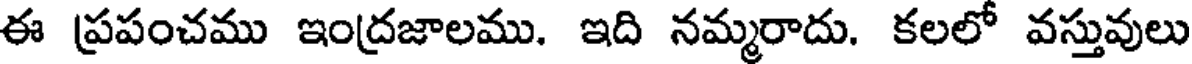
ఈ ప్రపంచము ఇంద్రజాలము. ఇది నమ్మరాదు. కలలో వస్తువులు